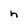
Character: h